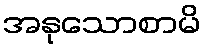
အနုသောစာမိ